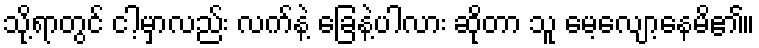
သို့ရာတွင် ငါ့မှာလည်း လက်နဲ့ ခြေနဲ့ပါလား ဆိုတာ သူ မေ့လျော့နေမိ၏။